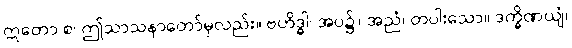
ဣတော စ၊ ဤသာသနာတော်မှလည်း။ ဗဟိဒ္ဓါ၊ အပ၌။ အညံ၊ တပါးသော။ ဒက္ခိဏယျံ၊